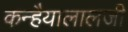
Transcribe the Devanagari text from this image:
कन्हैयालालजी